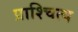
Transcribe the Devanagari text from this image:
प्राश्चित्य